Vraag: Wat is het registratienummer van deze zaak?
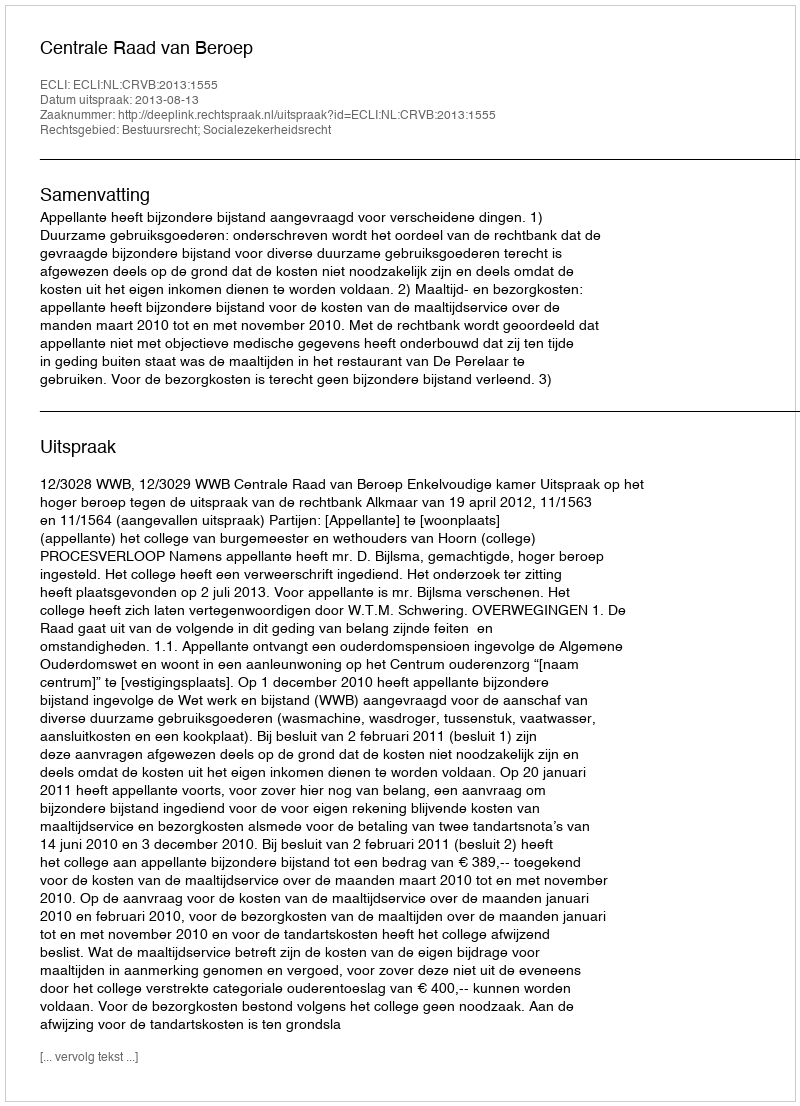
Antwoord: http://deeplink.rechtspraak.nl/uitspraak?id=ECLI:NL:CRVB:2013:1555